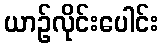
ယာဉ်လိုင်းပေါင်း